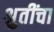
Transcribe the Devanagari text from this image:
श्रुतींचा